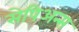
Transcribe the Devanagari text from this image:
सेपिअन्स